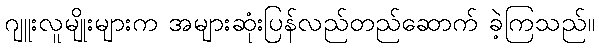
ဂျူးလူမျိုးများက အများဆုံးပြန်လည်တည်ဆောက် ခဲ့ကြသည်။